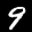
Label: 9